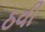
ઠવી